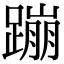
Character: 蹦